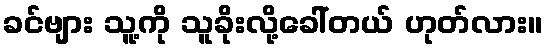
ခင်ဗျား သူ့ကို သူခိုးလို့ခေါ်တယ် ဟုတ်လား။